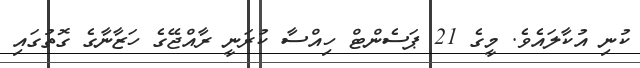
ކުނި އުކާލައެވެ. މީގެ 21 ޕަސެންޓް ހިއްސާ ކުރަނީ ރާއްޖޭގެ ހަޒާނާގެ ގޮތުގައި